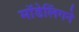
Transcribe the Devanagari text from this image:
मॉडेलिंगने